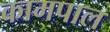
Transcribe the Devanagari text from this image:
कामपाल